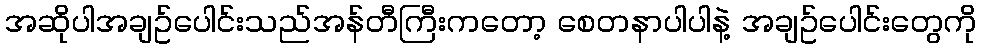
အဆိုပါအချဥ်ပေါင်းသည်အန်တီကြီးကတော့ စေတနာပါပါနဲ့ အချဥ်ပေါင်းတွေကို